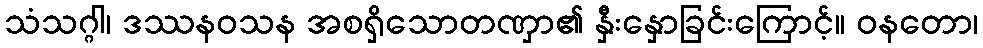
သံသဂ္ဂါ၊ ဒဿနဝသန အစရှိသောတဏှာ၏ နှီးနှောခြင်းကြောင့်။ ဝနတော၊